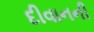
દીવાનની